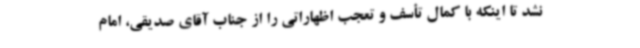
نشد تا اینکه با کمال تأسف و تعجب اظهاراتی را از جناب آقای صدیقی، امام